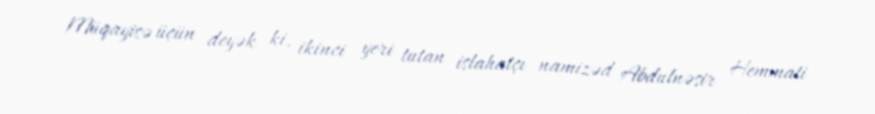
Müqayisə üçün deyək ki, ikinci yeri tutan islahatçı namizəd Abdulnəsir Hemmati